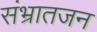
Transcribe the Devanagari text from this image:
संभ्रातजन